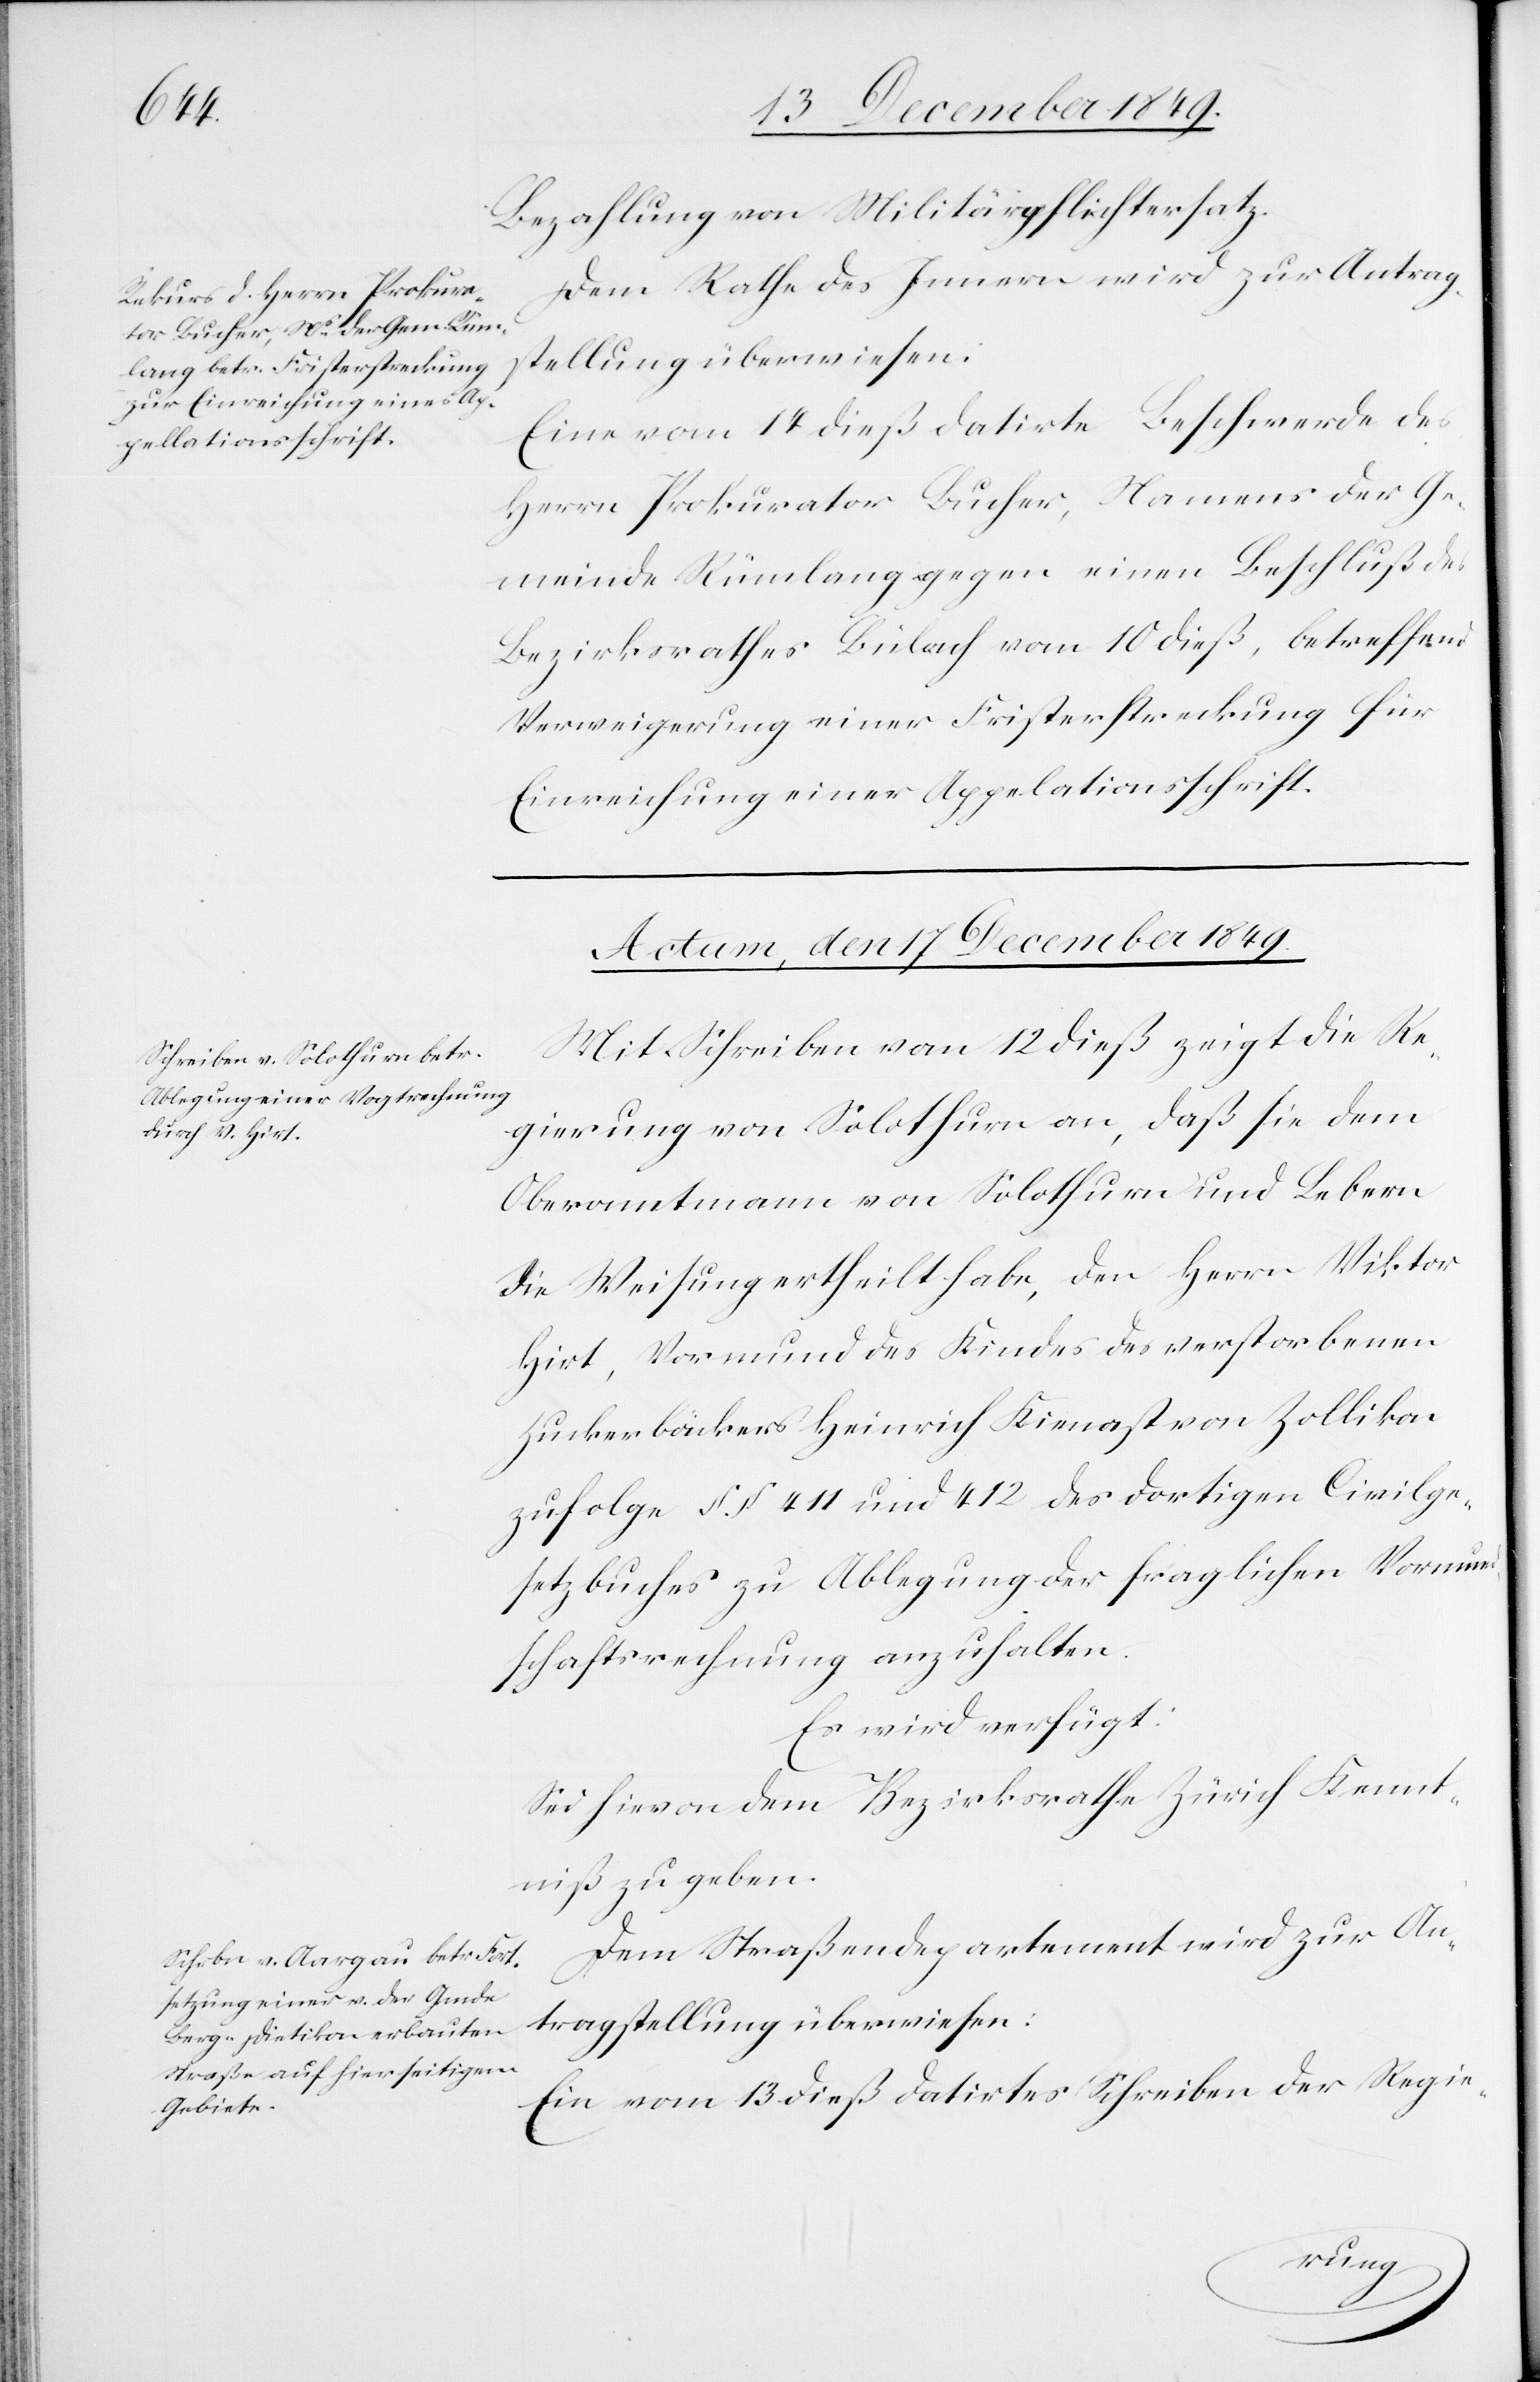
Bezahlung von Militärpflichtersatz.
Dem Rathe des Innern wird zur Antrag¬
stellung überwiesen:
Eine vom 14 dieß datirte Beschwerde des
Herrn Prokurator Bucher, Namens der Ge¬
meinde Rümlang gegen einen Beschluß des
Bezirksrathes vom 10 dieß, betreffend
Verweigerung einer Fristerstreckung für
Einreichung einer Appelationsschrift
Actum, den 17 December 1849.]
Mit Schreiben vom 12 dieß zeigt die Re¬
gierung von Solothurn an, daß sie dem
Oberamtmann von Solothurn und Lebern
die Weisung ertheilt habe, den Herrn Viktor
Hirt, Vormund des Kindes des verstorbenen
Zuckerbäckers Heinrich Kienast von Zollikon
zufolge §§ 411 und 412 des dortigen Civilge¬
setzbuches zu Ablegung der fraglichen Vormund¬
schaftsrechnung anzuhalten.
Es wird verfügt:
Sei hievon dem Bezirksrathe Zürich Kennt¬
niß zu geben.
Dem Straßendepartement wird zur Auf¬
tragsstellung überwiesen:
Ein vom 13 dieß datirtes Schreiben der Regie-